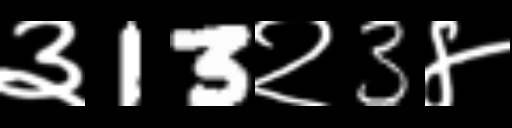
Text: ३13२3४